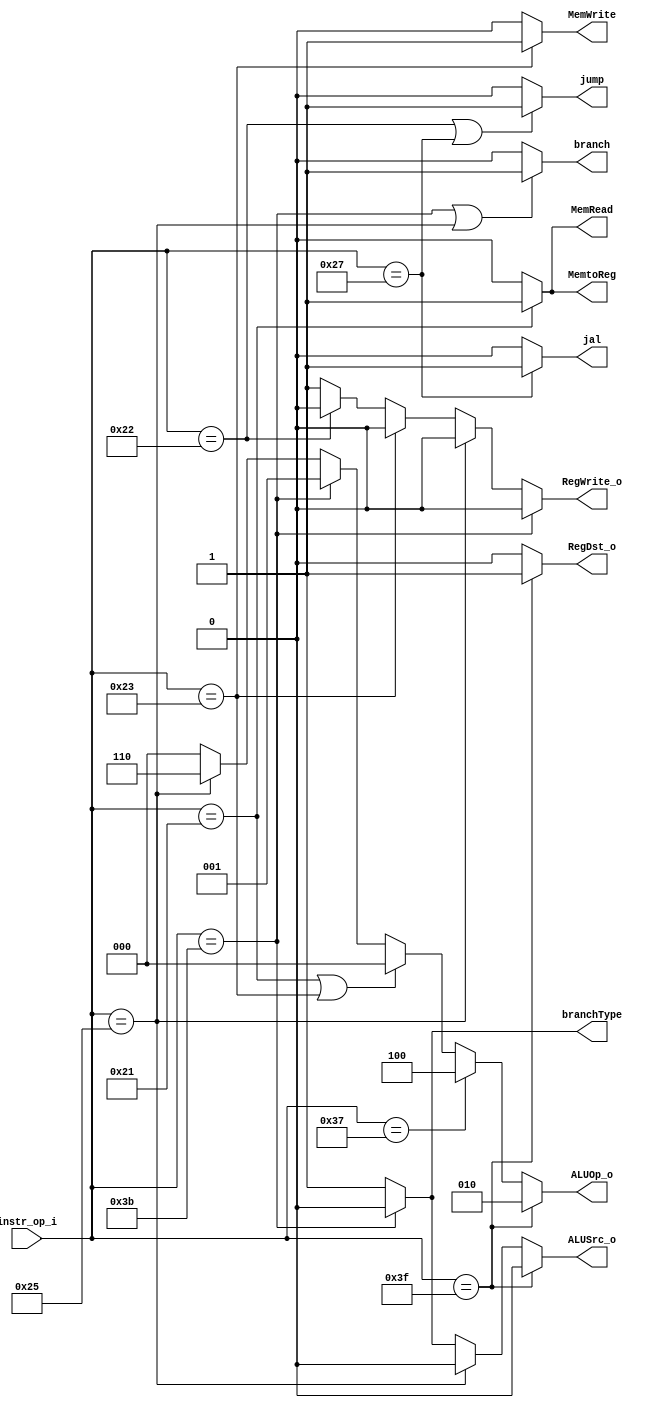
module Decoder(instr_op_i, RegWrite_o,	ALUOp_o, ALUSrc_o, RegDst_o, jump, jal, branch, branchType,  MemWrite, MemRead, MemtoReg);
     
//I/O ports
input	[6-1:0] instr_op_i;

output			RegWrite_o;
output	[3-1:0] ALUOp_o;
output			ALUSrc_o;
output			RegDst_o;
output			jump;
output			jal;
output			branch;
output			branchType;
output			MemWrite;
output			MemRead;
output			MemtoReg;
 
//Internal Signals
wire	[3-1:0] ALUOp_o;
wire			ALUSrc_o;
wire			RegWrite_o;
wire			RegDst_o;
wire			jump;
wire			jal;
wire			branch;
wire			branchType;
wire			MemWrite;
wire			MemRead;
wire			MemtoReg;

//Main function

assign RegDst_o = (instr_op_i==6'b111111) ? 1 : 0;
				  
assign RegWrite_o = (instr_op_i==6'b111011) ? 0 :
					(instr_op_i==6'b100101) ? 0 :
					(instr_op_i==6'b100011) ? 0 :
					(instr_op_i==6'b100010) ? 0 : 1;
				  		  
assign ALUOp_o = (instr_op_i==6'b111111) ? 3'b010 :
				  (instr_op_i==6'b110111) ? 3'b100 :
				  (instr_op_i==6'b100001 || instr_op_i==6'b100011) ? 3'b000 :
				  (instr_op_i==6'b111011) ? 3'b001 :
				  (instr_op_i==6'b100101) ? 3'b110 : 3'b000;			

assign ALUSrc_o = (instr_op_i==6'b111111) ? 0 :
				  (instr_op_i==6'b100101) ? 0 :
				  (instr_op_i==6'b111011) ? 0 : 1;

assign jump = (instr_op_i == 6'b100010 || instr_op_i == 6'b100111) ? 1 : 0;

assign jal = (instr_op_i==6'b100111) ? 1 : 0;

assign branch = (instr_op_i == 6'b111011 || instr_op_i == 6'b100101) ? 1 : 0;

assign branchType = instr_op_i == 6'b111011 ? 0 : 1;

assign MemWrite = instr_op_i == 6'b100011 ? 1 : 0;

assign MemRead = instr_op_i == 6'b100001 ? 1 : 0;

assign MemtoReg = instr_op_i == 6'b100001 ? 1 : 0;			  



endmodule